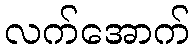
လက်အောက်